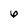
Character: 6